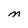
Character: M